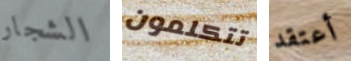
الشجار تتكلمون أعتقد